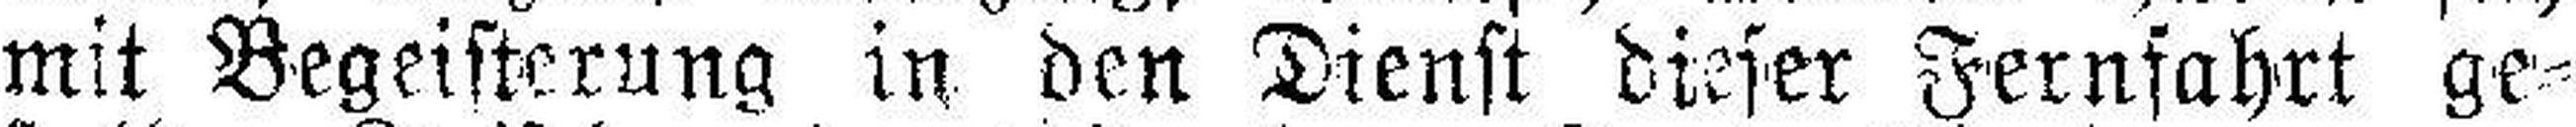
mit Begeisterung in den Dienst dieser Fernfahrt ge¬